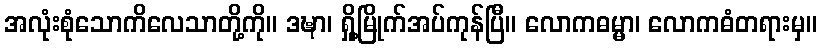
အလုံးစုံသောကိလေသာတို့ကို။ ဒဍ္ဎာ၊ ရှို့မြိုက်အပ်ကုန်ပြီ။ လောကဓမ္မာ၊ လောကဓံတရားမှ။